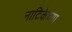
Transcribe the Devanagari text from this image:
नाटिकेच्या